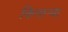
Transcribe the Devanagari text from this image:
किनार्‍या